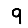
Digit: 9